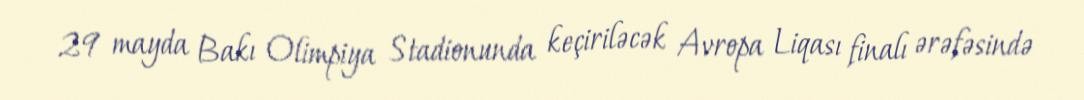
29 mayda Bakı Olimpiya Stadionunda keçiriləcək Avropa Liqası finalı ərəfəsində